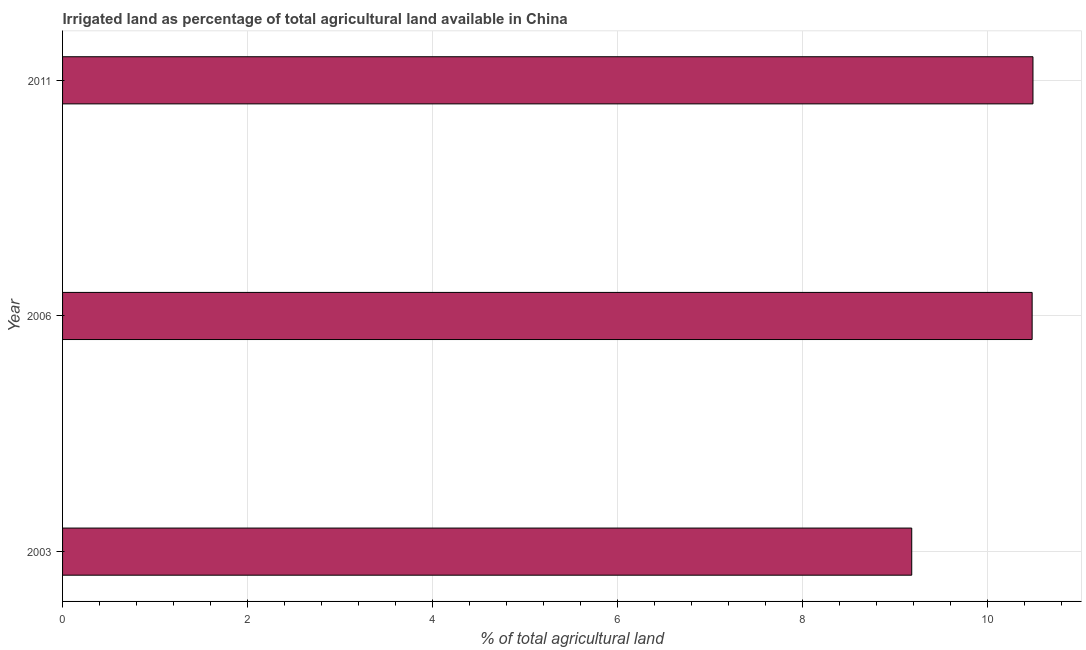
| Year | Agricultural irrigated land  |
 | --- | --- |
 | 2003 | 9.18 |
 | 2006 | 10.5 |
 | 2011 | 10.5 |